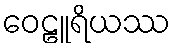
ဝေဠူရိယဿ